Punjab Mental Hospital Lahore 1922-31 - 1922-1931
Year: 1922
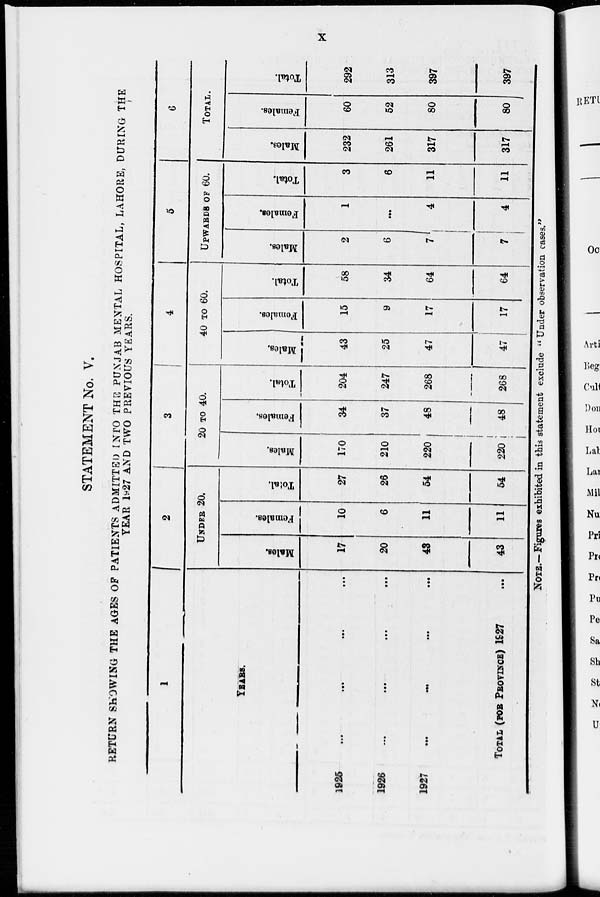
x
STATEMENT No. V.
RETURN SHOWING THE AGES OF PATIENTS ADMITTED INTO THE PUNJAB MENTAL HOSPITAL, LAHORE, DURING THE
YEAR 1927 AND TWO PREVIOUS YEARS.
1
YEARS.
1925 ... ... ... ...
1926 ... ... ... ...
1927
...
...
...
...
TOTAL (FOR PROVINCE) 1927 ...
2
UNDER 20.
Males.
17
20
43
43
Females.
10
6
11
11
Total.
27
26
54
54
3
20 TO 40.
Males.
170
210
220
220
Females.
34
37
48
48
Total.
204
247
268
268
4
40 TO 60.
Males.
43
25
47
47
Females.
15
9
17
17
Total.
58
34
64
64
5
UPWARDS OF 60.
Males.
2
6
7
7
Females.
1
...
4
4
Total.
3
6
11
11
6
TOTAL.
Males.
232
261
317
317
Females.
60
52
80
80
Total.
292
313
397
397
NOTE.—Figures exhibited in this statement exclude "Under observation cases."